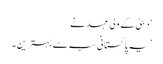
‘ دبئی کے ولی عہد نے
’یہ پاکستانی سب سے بہترین۔